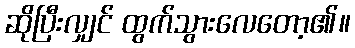
ဆိုပြီးလျှင် ထွက်သွားလေတော့၏။